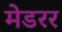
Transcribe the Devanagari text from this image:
मेडरर